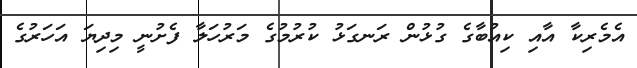
އެމެރިކާ އާއި ކިއުބާގެ ގުޅުން ރަނގަޅު ކުރުމުގެ މަރުހަލާ ފެށުނީ މިިދިޔަ އަހަރުގެ